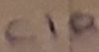
Text: C10